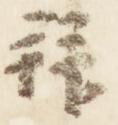
拝